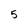
Character: 5